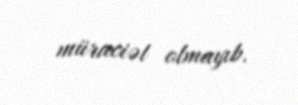
müraciət olmayıb.